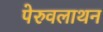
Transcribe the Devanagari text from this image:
पेरुवलाथन